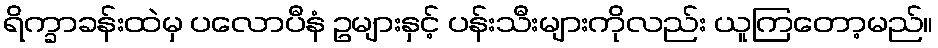
ရိက္ခာခန်းထဲမှ ပလောပီနံ ဥများနှင့် ပန်းသီးများကိုလည်း ယူကြတော့မည်။